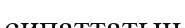
сипаттатын